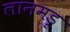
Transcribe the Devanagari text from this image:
लानमडू